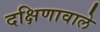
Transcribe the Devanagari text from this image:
दक्षिणावाले